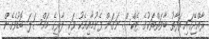
ރާއްޖޭގައި ތަފާތު ބާވަތްތަކުގެ ޓެކްސް ނަގަން ފެށުމާއިއެކު ވަކި ލާރީގެ މައްސަލަ ބޮޑުވެގެން